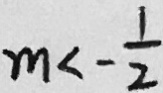
m < - \frac { 1 } { 2 }